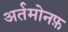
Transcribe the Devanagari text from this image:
अर्तमोनफ़